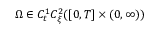
\Omega \in C _ { t } ^ { 1 } C _ { \xi } ^ { 2 } ( [ 0 , T ] \times ( 0 , \infty ) )